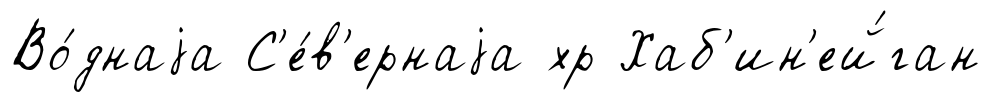
Во́днаjа С'е́в'ернаjа хр Хаб'ин'ей́ган